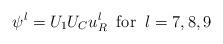
LaTeX: \begin{align*}\psi^{l} = U_{1} U_{C} u_{R}^{l} \; \; {\rm for} \; \; l =7, 8, 9\end{align*}